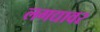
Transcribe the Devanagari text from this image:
लगद्यावर